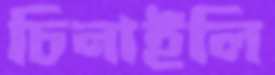
চিনাইলি